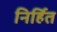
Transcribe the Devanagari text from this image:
निर्हित